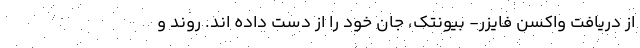
از دریافت واکسن فایزر- بیونتک، جان خود را از دست داده اند. روند و